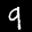
Label: 9